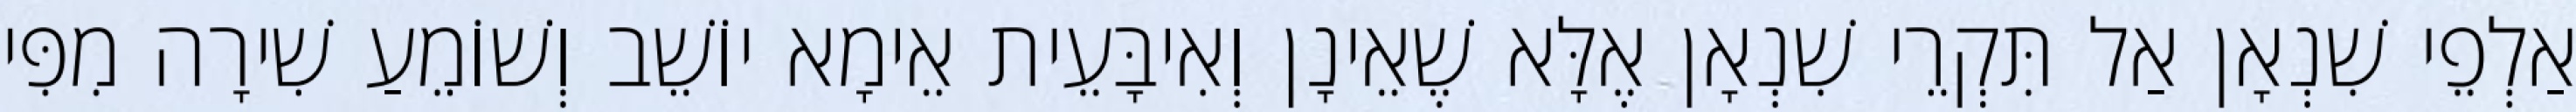
אַלְפֵי שִׁנְאָן אַל תִּקְרֵי שִׁנְאָן אֶלָּא שֶׁאֵינָן וְאִיבָּעֵית אֵימָא יוֹשֵׁב וְשׁוֹמֵעַ שִׁירָה מִפִּי